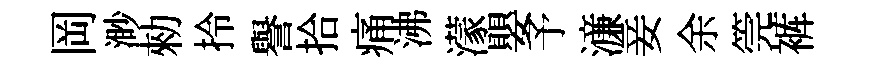
岡渺勑拎譽拾痛沸濛嬰予濓妾余筦裤